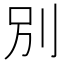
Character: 別